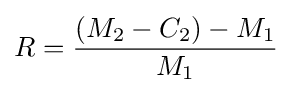
R={\frac {(M_{2}-C_{2})-M_{1}}{M_{1}}}